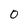
Character: 0